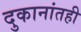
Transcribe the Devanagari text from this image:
दुकानांतही